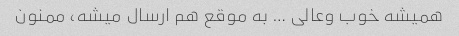
همیشه خوب وعالی … به موقع هم ارسال میشه، ممنون